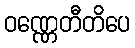
ဝဏ္ဏေတီတိပေ